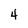
Character: 4